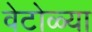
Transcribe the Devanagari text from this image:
वेटोळ्या